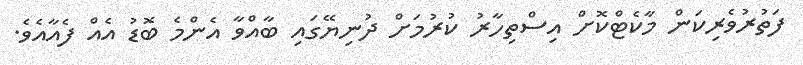
ފަތުރުވެރިކަން މާކެޓްކޮށް އިސްތިހާރު ކުރުމަށް ދުނިޔޭގައި ބާއްވާ އެންމެ ބޮޑު އެއް ފެއާއެވެ.